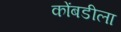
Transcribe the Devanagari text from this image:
कोंबडीला